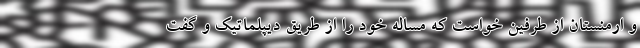
و ارمنستان از طرفین خواست که مساله خود را از طریق دیپلماتیک و گفت